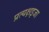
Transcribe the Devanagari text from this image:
प्रत्यक्षइजा